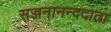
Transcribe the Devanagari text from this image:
सज्जनानन्ददाता